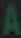
A